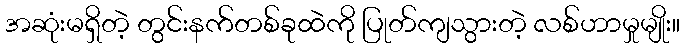
အဆုံးမရှိတဲ့ တွင်းနက်တစ်ခုထဲကို ပြုတ်ကျသွားတဲ့ လစ်ဟာမှုမျိုး။